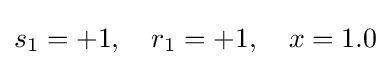
s_{1}=+1,\quad r_{1}=+1,\quad x=1.0